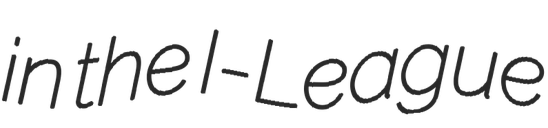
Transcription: in the I-League